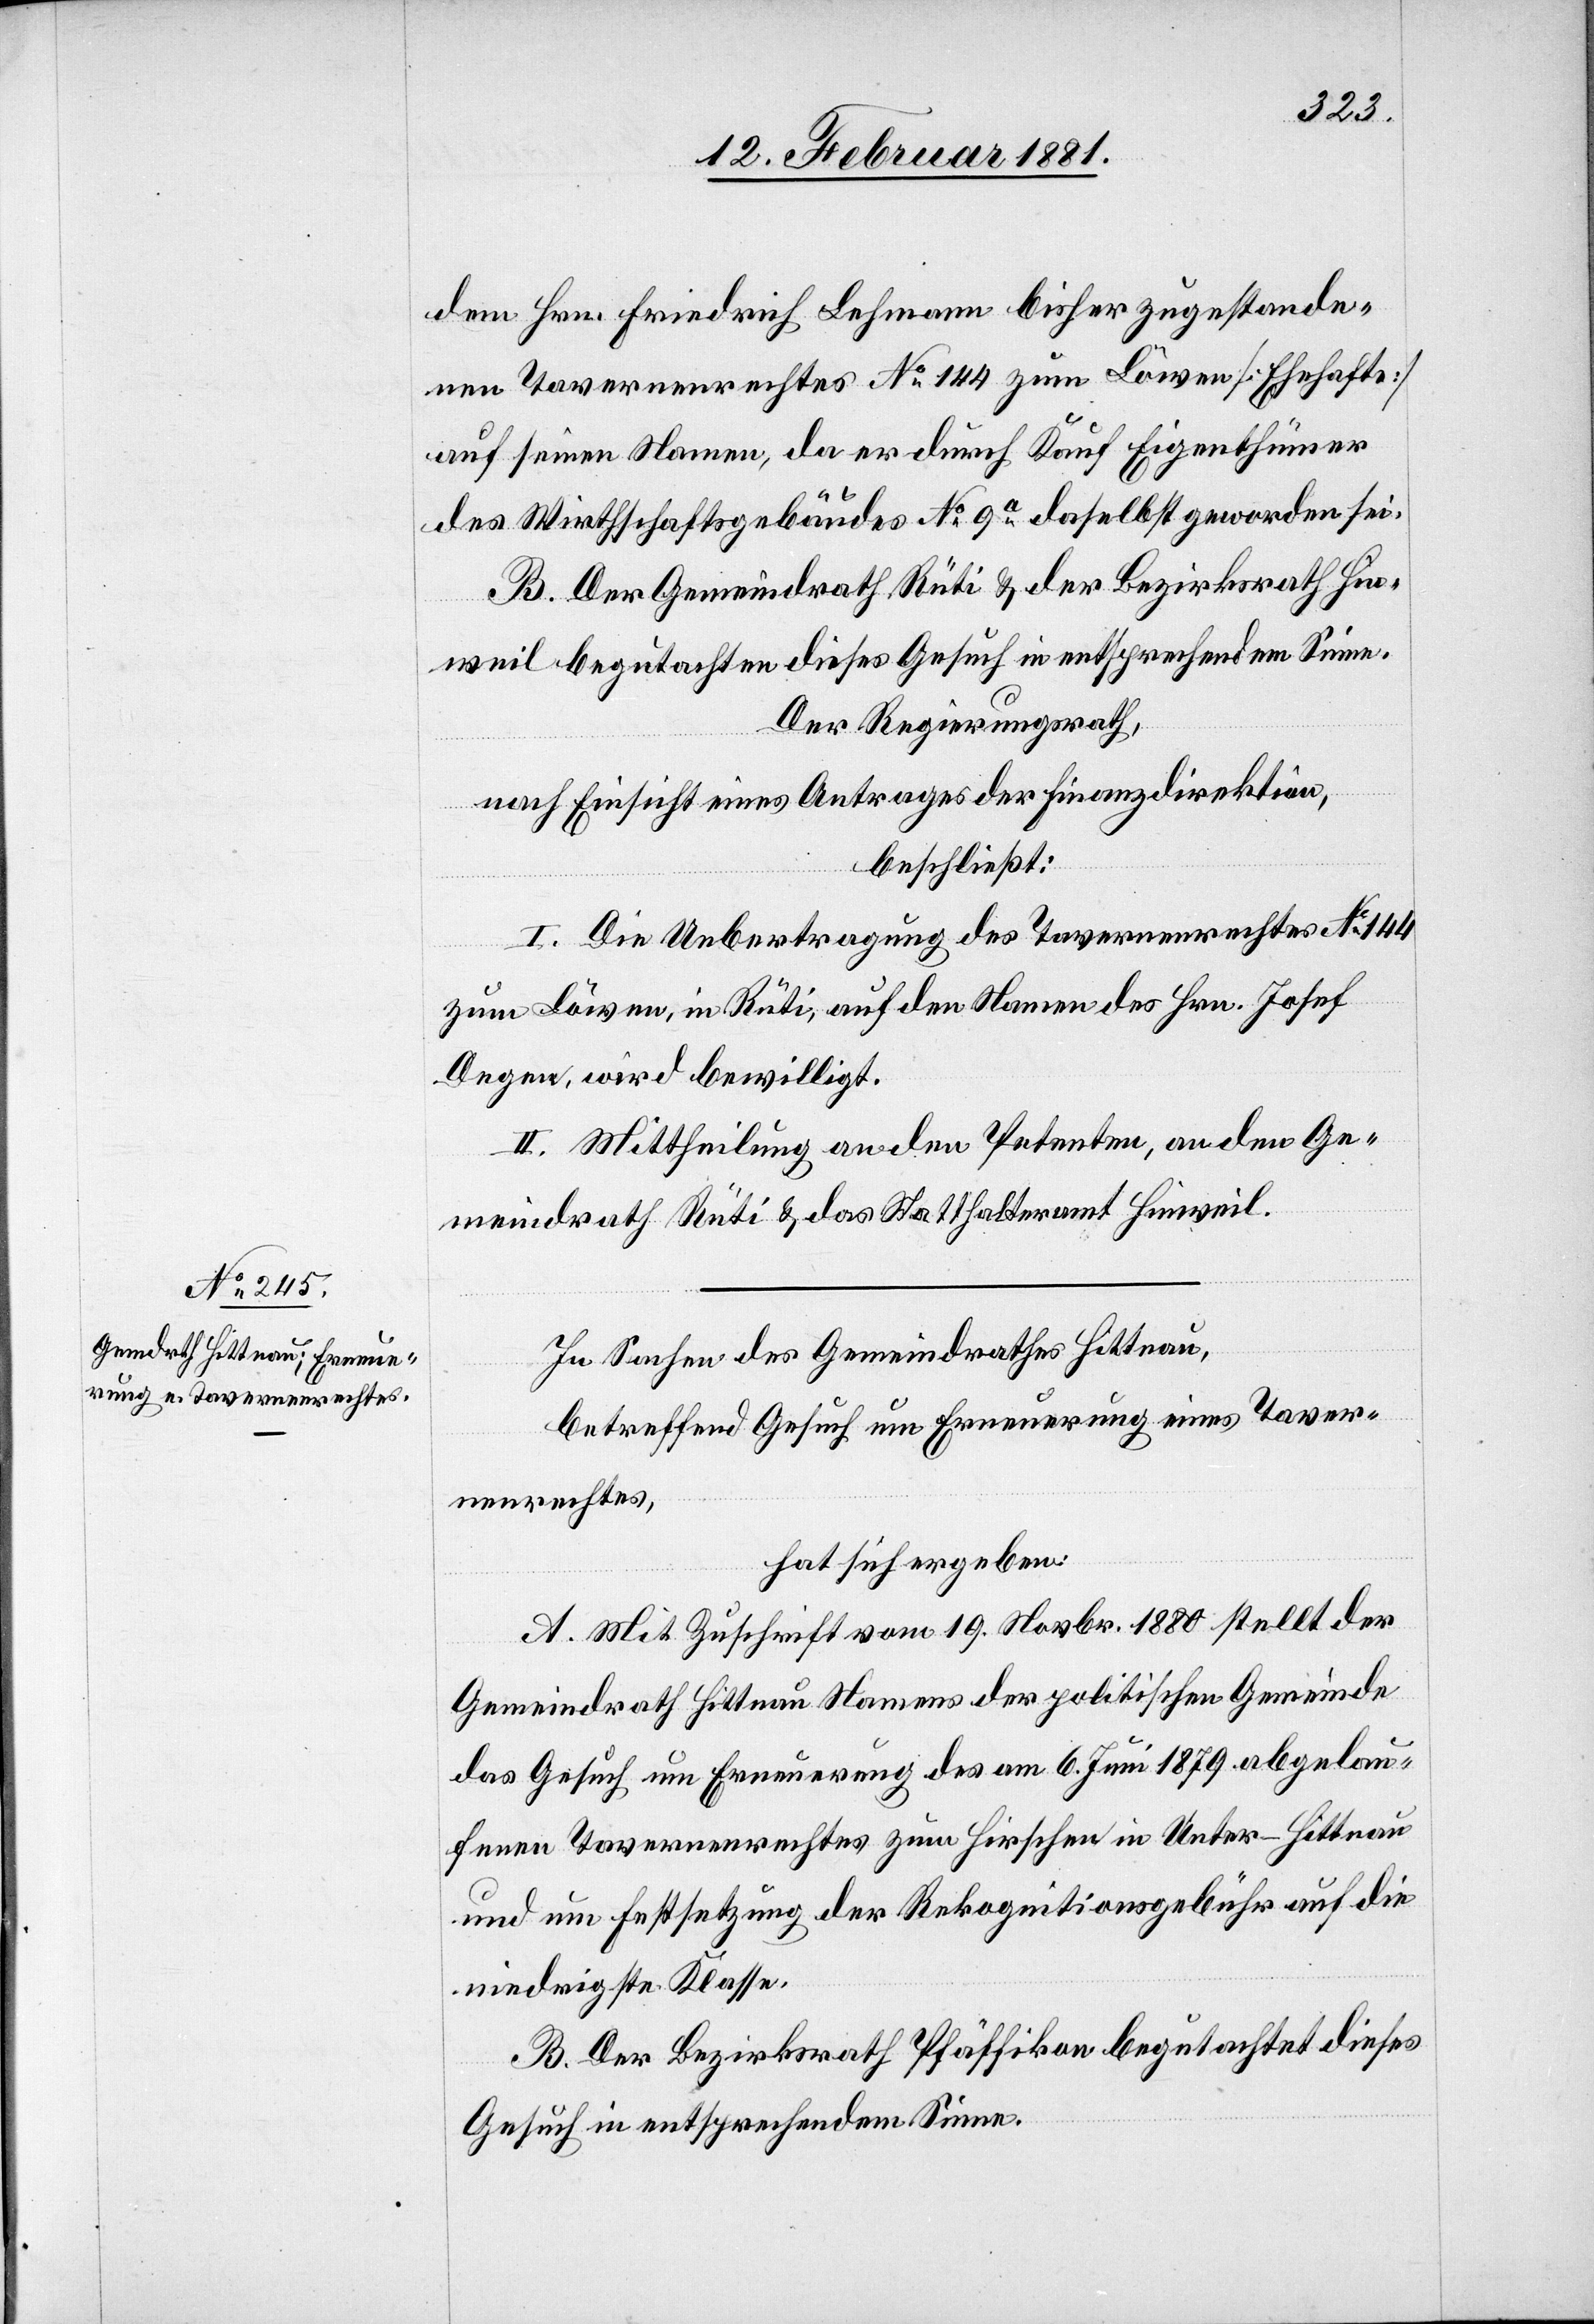
dem Hrn. Friedrich Lehmann bisher zugestande¬
nen Tavernenrechtes No 144 zum Löwen [Ehehafte]
auf seinen Namen, da er durch Kauf Eigenthümer
des Wirtschaftsgebäudes No 9a daselbst geworden sei.
B. Der Gemeindrath Rüti & der Bezirksrath Hin¬
weil begutachten dieses Gesuch in entsprechendem Sinne.
Der Regierungsrath,
nach Einsicht eines Antrages der Finanzdirektion,
beschließt:
I. Die Uebertragung des Tavernenrechtes No 144
zum Löwen, in Rüti, auf den Namen des Hrn. Josef
Degen, wird bewilligt.
II. Mittheilung an den Petenten, an den Ge¬
meindrath Rüti & das Statthalteramt Hinweil.
In Sachen des Gemeindrathes Hittnau,
betreffend Gesuch um Erneuerung eines Taver¬
nenrechtes,
hat sich ergeben:
A. Mit Zuschrift vom 19. Novbr. 1880 stellt der
Gemeindrath Hittnau Namens der politischen Gemeinde
das Gesuch um Erneuerung des am 6. Juni 1879 abgelau¬
fenen Tavernenrechtes zum Hirschen in Unter-Hittnau
und um Festsetzung der Rekognitionsgebühr auf die
niedrigste Klasse.
B. Der Bezirksrath Pfäffikon begutachtet dieses
Gesuch in entsprechendem Sinne.